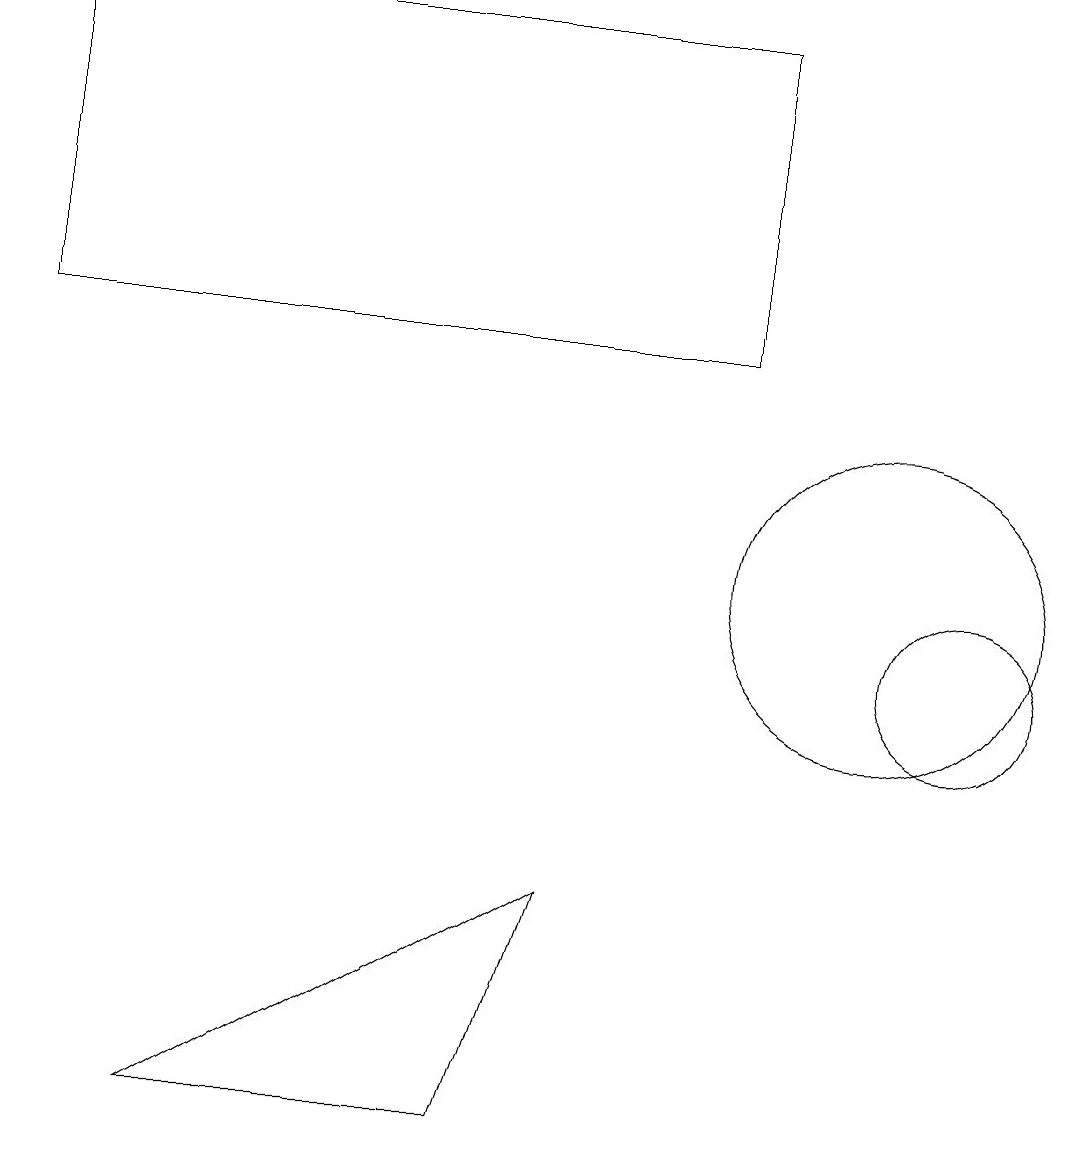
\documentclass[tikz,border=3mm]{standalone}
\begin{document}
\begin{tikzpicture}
\draw (2,5) -- (7,8) -- (6,5) -- cycle;
\draw (9,15) rectangle (0,19);
\draw (12,11) circle (1);
\draw (11,12) circle (2);
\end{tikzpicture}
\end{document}